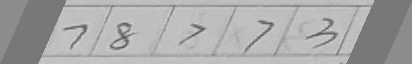
\boxed { 7 } \boxed { 8 } \boxed { > } \boxed { 7 } \boxed { 3 }